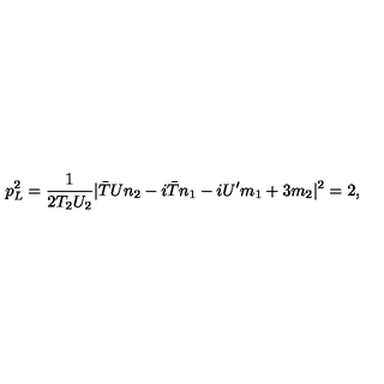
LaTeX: p _ { L } ^ { 2 } = \frac { 1 } { 2 T _ { 2 } U _ { 2 } } | { \bar { T } } U n _ { 2 } - i { \bar { T } } n _ { 1 } - i U ^ { \prime } m _ { 1 } + 3 m _ { 2 } | ^ { 2 } = 2 ,